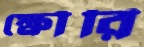
ক্ষৌরি